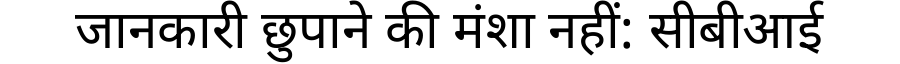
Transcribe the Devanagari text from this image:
जानकारी छुपाने की मंशा नहीं: सीबीआई